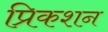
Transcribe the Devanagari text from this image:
प्रिकशन